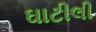
ઘાટીલી